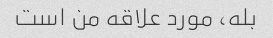
بله، مورد علاقه من است